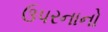
ઉપરનાનો